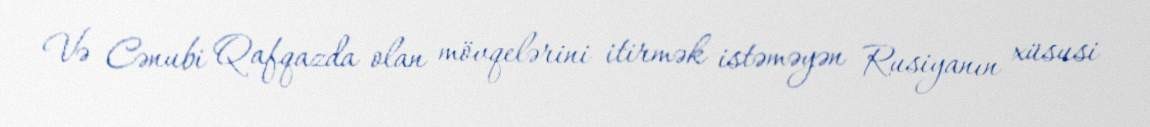
Və Cənubi Qafqazda olan mövqelərini itirmək istəməyən Rusiyanın xüsusi